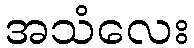
အသံလေး